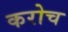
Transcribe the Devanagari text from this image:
करोच